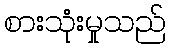
စားသုံးမှုသည်